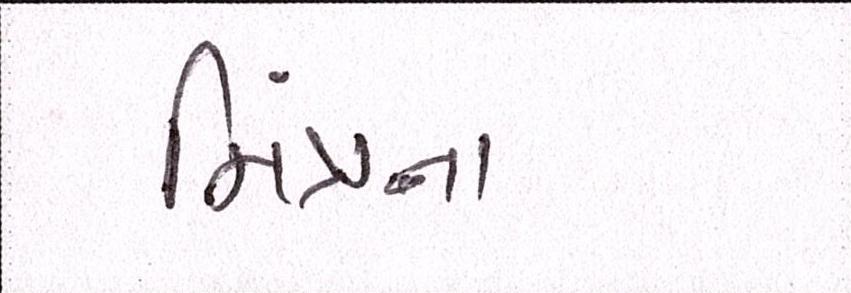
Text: મિંત્રાના